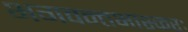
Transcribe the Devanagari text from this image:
भगवन्तभास्करः